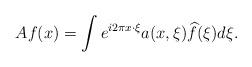
LaTeX: \begin{align*}Af(x)=\int e^{i2\pi x\cdot \xi}a(x,\xi)\widehat{f}(\xi)d\xi.\end{align*}